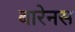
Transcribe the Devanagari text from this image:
बारेनस